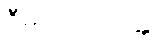
ဦမိဘယသုတ္တံ